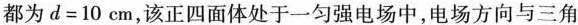
都为$$d = 1 0 c m $$，该正四面体处于一匀强电场中，电场方向与三角